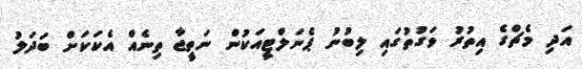
އަދި މެޗްގެ އިތުރު ވަގުތުގައި ލިބުނު ޕެނަލްޓީއަކުން ނަތީޖާ ތިނެއް އެކަކަށް ބަދަލު